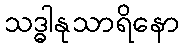
သဒ္ဓါနုသာရိနော